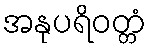
အနုပရိဝတ္တံ